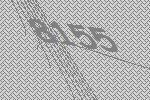
8155